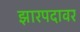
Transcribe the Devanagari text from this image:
झारपदावर